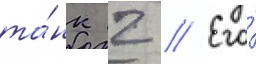
та́нк 2 // Его́